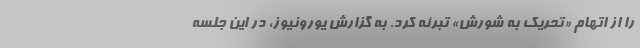
را از اتهام «تحریک به شورش» تبرئه کرد. به گزارش یورونیوز، در این جلسه